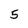
Character: 5